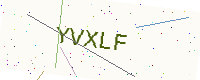
Text: YVXLF